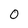
Character: 0